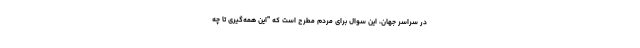
در سراسر جهان، این سوال برای مردم مطرح است که "این همه‌گیری تا چه